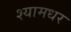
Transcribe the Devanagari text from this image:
श्यामधर